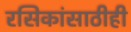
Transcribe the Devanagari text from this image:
रसिकांसाठीही